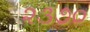
૨૩૭૦